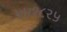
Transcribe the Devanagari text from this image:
५५१८२५